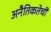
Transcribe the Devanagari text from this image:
अनैतिकतेची